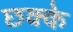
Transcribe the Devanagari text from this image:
छक्‍के